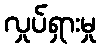
လှုပ်ရှားမှု